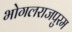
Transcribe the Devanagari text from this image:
भोगलराजपुरम